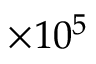
\times 1 0 ^ { 5 }